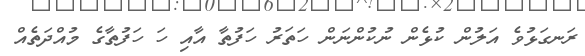
ރަނގަޅުވެ އަލުން ކުޅެން ނުކުންނަން ހަތަރު ހަފުތާ އާއި ހަ ހަފުތާގެ މުއްދަތެއް